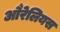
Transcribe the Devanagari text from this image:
औरेलियस